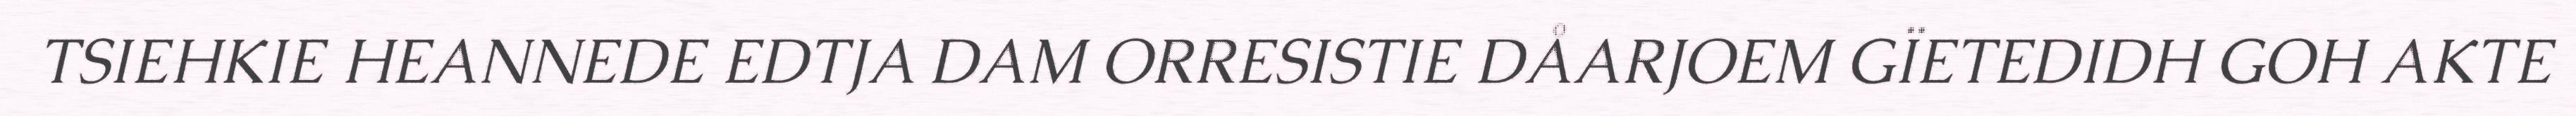
TSIEHKIE HEANNEDE EDTJA DAM ORRESISTIE DÅARJOEM GÏETEDIDH GOH AKTE